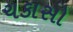
ચકાસો